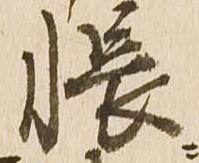
帳